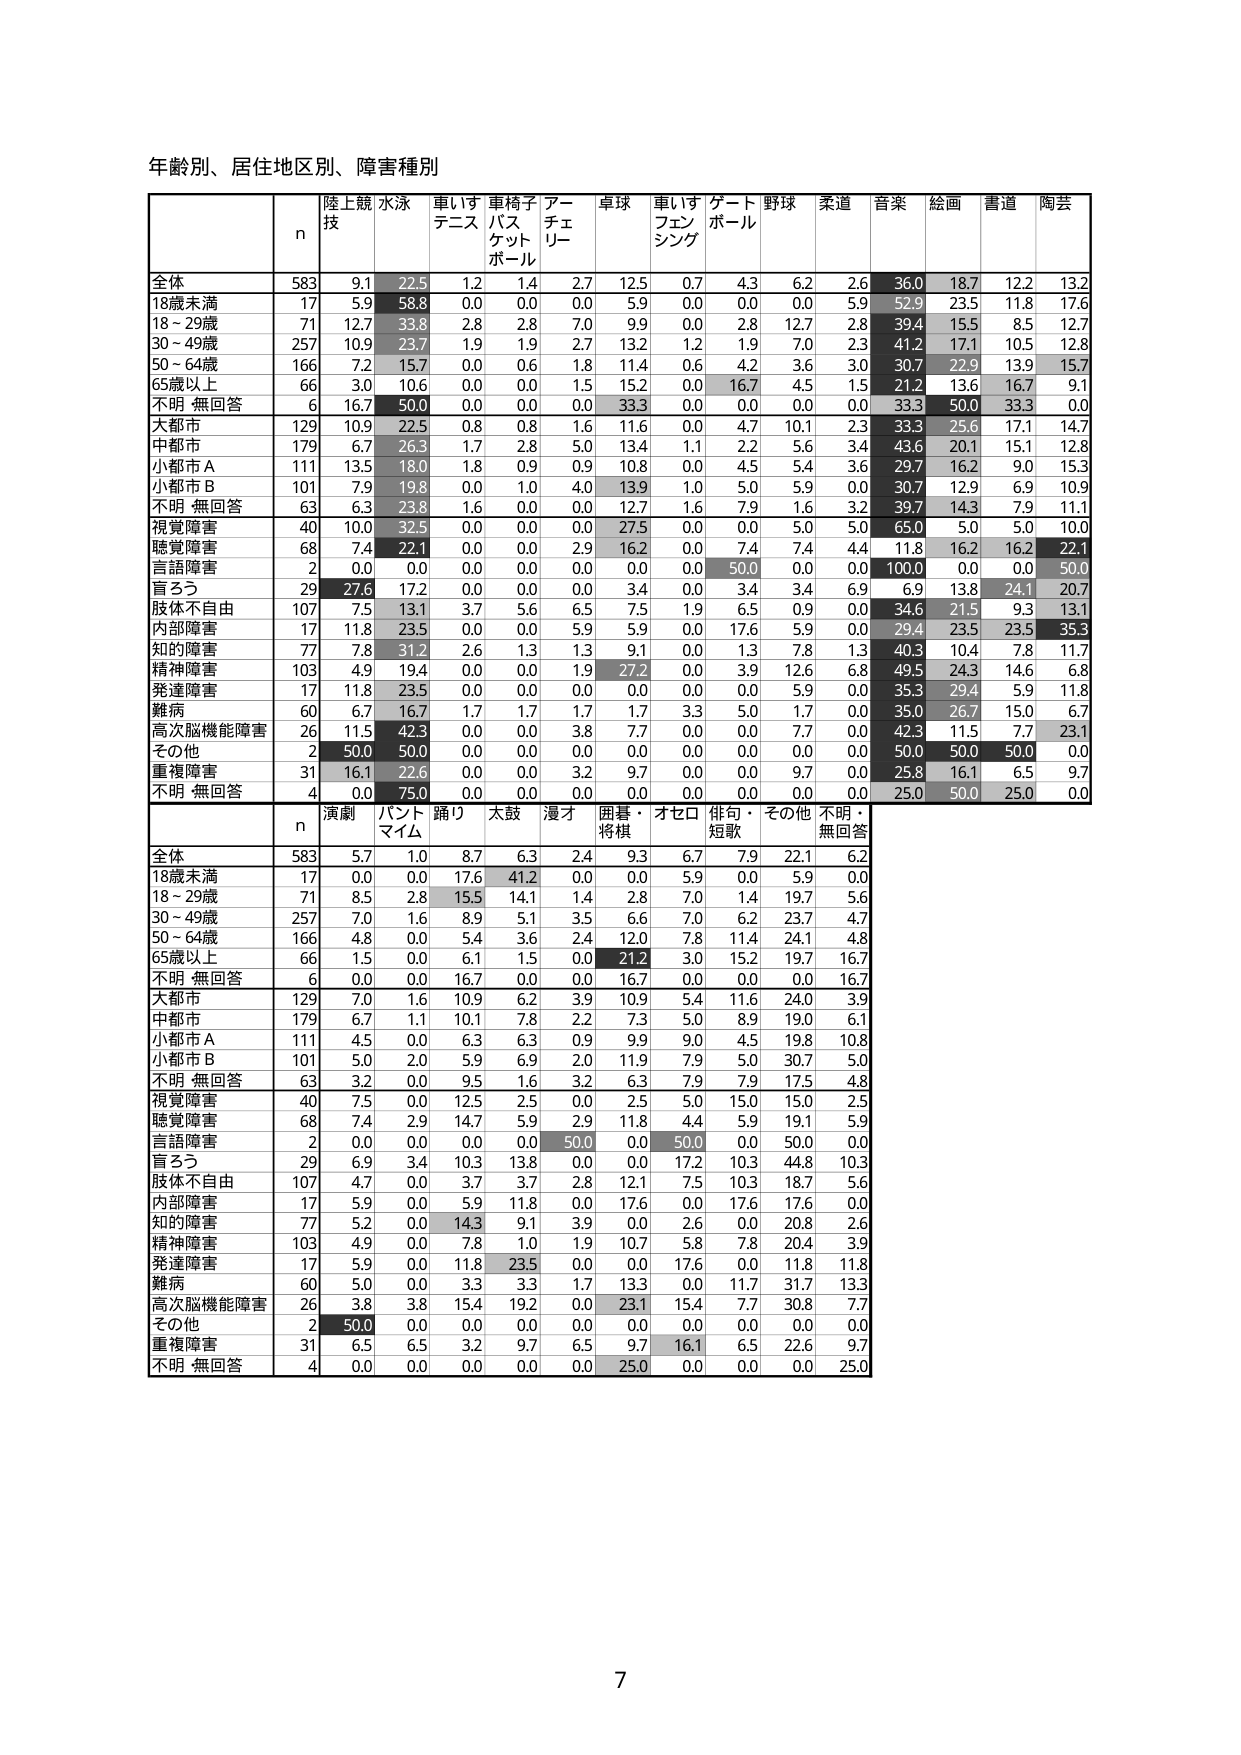
年齢別、居住地区別、障害種別

n 陸上競技 水泳 車いすテニス 車椅子バスケットボール アーチェリー 卓球 車いすフェンシング ゲートボール 野球 柔道 音楽 絵画 書道 陶芸
全体 583 9.1 22.5 1.2 1.4 2.7 12.5 0.7 4.3 6.2 2.6 36.0 18.7 12.2 13.2
18歳未満 17 5.9 58.8 0.0 0.0 0.0 5.9 0.0 0.0 0.0 5.9 52.9 23.5 11.8 17.6
18～29歳 71 12.7 33.8 2.8 2.8 7.0 9.9 0.0 2.8 12.7 2.8 39.4 15.5 8.5 12.7
30～49歳 257 10.9 23.7 1.9 1.9 2.7 13.2 1.2 1.9 7.0 2.3 41.2 17.1 10.5 12.8
50～64歳 166 7.2 15.7 0.0 0.6 1.8 11.4 0.6 4.2 3.6 3.0 30.7 22.9 13.9 15.7
65歳以上 66 3.0 10.6 0.0 0.0 1.5 15.2 0.0 16.7 4.5 1.5 21.2 13.6 16.7 9.1
不明 無回答 6 16.7 50.0 0.0 0.0 0.0 33.3 0.0 0.0 0.0 0.0 33.3 50.0 33.3 0.0
大都市 129 10.9 22.5 0.8 0.8 1.6 11.6 0.0 4.7 10.1 2.3 33.3 25.6 17.1 14.7
中都市 179 6.7 26.3 1.7 2.8 5.0 13.4 1.1 2.2 5.6 3.4 43.6 20.1 15.1 12.8
小都市A 111 13.5 18.0 1.8 0.9 0.9 10.8 0.0 4.5 5.4 3.6 29.7 16.2 9.0 15.3
小都市B 101 7.9 19.8 0.0 1.0 4.0 13.9 1.0 5.0 5.9 0.0 30.7 12.9 6.9 10.9
不明 無回答 63 6.3 23.8 1.6 0.0 0.0 12.7 1.6 7.9 1.6 3.2 39.7 14.3 7.9 11.1
視覚障害 40 10.0 32.5 0.0 0.0 0.0 27.5 0.0 0.0 5.0 5.0 65.0 5.0 5.0 10.0
聴覚障害 68 7.4 22.1 0.0 0.0 2.9 16.2 0.0 7.4 7.4 4.4 11.8 16.2 16.2 22.1
言語障害 2 0.0 0.0 0.0 0.0 0.0 0.0 0.0 50.0 0.0 0.0 100.0 0.0 0.0 50.0
盲ろう 29 27.6 17.2 0.0 0.0 0.0 3.4 0.0 3.4 3.4 6.9 6.9 13.8 24.1 20.7
肢体不自由 107 7.5 13.1 3.7 5.6 6.5 7.5 1.9 6.5 0.9 0.0 34.6 21.5 9.3 13.1
内部障害 17 11.8 23.5 0.0 0.0 5.9 5.9 0.0 17.6 5.9 0.0 29.4 23.5 23.5 35.3
知的障害 77 7.8 31.2 2.6 1.3 1.3 9.1 0.0 1.3 7.8 1.3 40.3 10.4 7.8 11.7
精神障害 103 4.9 19.4 0.0 0.0 1.9 27.2 0.0 3.9 12.6 6.8 49.5 24.3 14.6 6.8
発達障害 17 11.8 23.5 0.0 0.0 0.0 0.0 0.0 0.0 5.9 0.0 35.3 29.4 5.9 11.8
難病 60 6.7 16.7 1.7 1.7 1.7 1.7 3.3 5.0 1.7 0.0 35.0 26.7 15.0 6.7
高次脳機能障害 26 11.5 42.3 0.0 0.0 3.8 7.7 0.0 0.0 7.7 0.0 42.3 11.5 7.7 23.1
その他 2 50.0 50.0 0.0 0.0 0.0 0.0 0.0 0.0 0.0 0.0 50.0 50.0 50.0 0.0
重複障害 31 16.1 22.6 0.0 0.0 3.2 9.7 0.0 0.0 9.7 0.0 25.8 16.1 6.5 9.7
不明 無回答 4 0.0 75.0 0.0 0.0 0.0 0.0 0.0 0.0 0.0 0.0 25.0 50.0 25.0 0.0

n 演劇 バントマイム 踊り 太鼓 漫才 囲碁・将棋 オセロ 俳句・短歌 その他 不明・無回答
全体 583 5.7 1.0 8.7 6.3 2.4 9.3 6.7 7.9 22.1 6.2
18歳未満 17 0.0 0.0 17.6 41.2 0.0 0.0 5.9 0.0 5.9 0.0
18～29歳 71 8.5 2.8 15.5 14.1 1.4 2.8 7.0 1.4 19.7 5.6
30～49歳 257 7.0 1.6 8.9 5.1 3.5 6.6 7.0 6.2 23.7 4.7
50～64歳 166 4.8 0.0 5.4 3.6 2.4 7.8 11.4 24.1 4.8
65歳以上 66 1.5 0.0 6.1 1.5 0.0 21.2 3.0 15.2 19.7 16.7
不明 無回答 6 0.0 0.0 16.7 0.0 0.0 16.7 0.0 0.0 0.0 16.7
大都市 129 7.0 1.6 10.9 6.2 3.9 10.9 5.4 11.6 24.0 3.9
中都市 179 6.7 1.1 10.1 7.8 2.2 7.3 5.0 8.9 19.0 6.1
小都市A 111 4.5 0.0 6.3 6.3 0.9 9.9 9.0 4.5 19.8 10.8
小都市B 101 5.0 2.0 5.9 6.9 2.0 11.9 7.9 5.0 30.7 5.0
不明 無回答 63 3.2 0.0 9.5 1.6 3.2 6.3 7.9 7.9 17.5 4.8
視覚障害 40 7.5 0.0 12.5 2.5 0.0 2.5 5.0 15.0 15.0 2.5
聴覚障害 68 7.4 2.9 14.7 5.9 2.9 11.8 4.4 5.9 19.1 5.9
言語障害 2 0.0 0.0 0.0 0.0 50.0 0.0 50.0 0.0 50.0 0.0
盲ろう 29 6.9 3.4 10.3 13.8 0.0 0.0 17.2 10.3 44.8 10.3
肢体不自由 107 4.7 0.0 3.7 3.7 2.8 12.1 7.5 10.3 18.7 5.6
内部障害 17 5.9 0.0 5.9 11.8 0.0 17.6 0.0 17.6 17.6 0.0
知的障害 77 5.2 0.0 14.3 9.1 3.9 0.0 2.6 0.0 20.8 2.6
精神障害 103 4.9 0.0 7.8 1.0 1.9 10.7 5.8 7.8 20.4 3.9
発達障害 17 5.9 0.0 11.8 23.5 0.0 0.0 17.6 0.0 11.8 11.8
難病 60 5.0 0.0 3.3 3.3 1.7 13.3 0.0 11.7 31.7 13.3
高次脳機能障害 26 3.8 3.8 15.4 19.2 0.0 23.1 15.4 7.7 30.8 7.7
その他 2 50.0 0.0 0.0 0.0 0.0 0.0 0.0 0.0 0.0 0.0
重複障害 31 6.5 6.5 3.2 9.7 6.5 9.7 16.1 6.5 22.6 9.7
不明 無回答 4 0.0 0.0 0.0 0.0 0.0 25.0 0.0 0.0 0.0 25.0

7